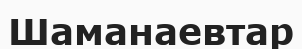
Шаманаевтар